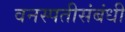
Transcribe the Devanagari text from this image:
वनस्पतीसंबंधी